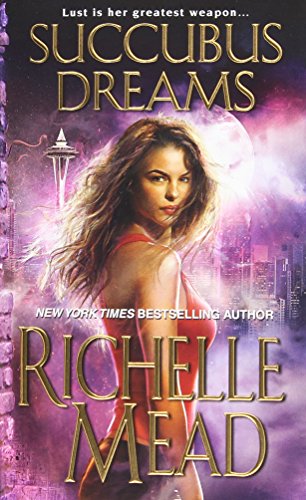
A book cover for Succubus Dreams (Georgina Kincaid); Richelle Mead; Science Fiction & Fantasy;